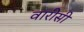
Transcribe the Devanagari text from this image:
वारीसी